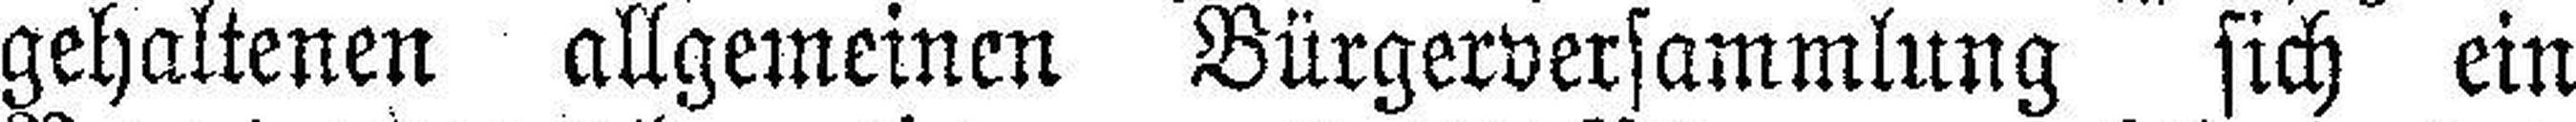
gehaltenen allgemeinen Bürgerversammlung sich ein